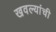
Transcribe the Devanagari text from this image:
खवल्यांची